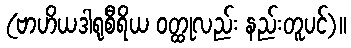
(ဗာဟိယဒါရုစီရိယ ဝတ္ထုလည်း နည်းတူပင်)။